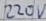
Text: 220V